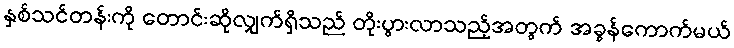
နှစ်သင်တန်းကို တောင်းဆိုလျှက်ရှိသည် တိုးပွားလာသည့်အတွက် အခွန်ကောက်မယ်